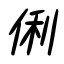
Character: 俐